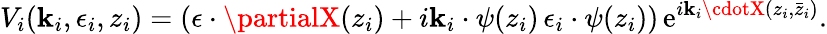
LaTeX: V_{i}(\mathbf{k}_{i},\epsilon_{i},z_{i})=(\epsilon\cdot\partialX(z_{i})+i\mathbf{k}_{i}\cdot\psi(z_{i})\, \epsilon_{i}\cdot\psi(z_{i}))\, \mathrm{{e}}^{i\mathbf{k}_{i}\cdotX(z_{i},\bar{{z}}_{i})}.